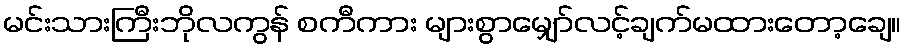
မင်းသားကြီးဘိုလကွန် စကီကား များစွာမျှော်လင့်ချက်မထားတော့ချေ။